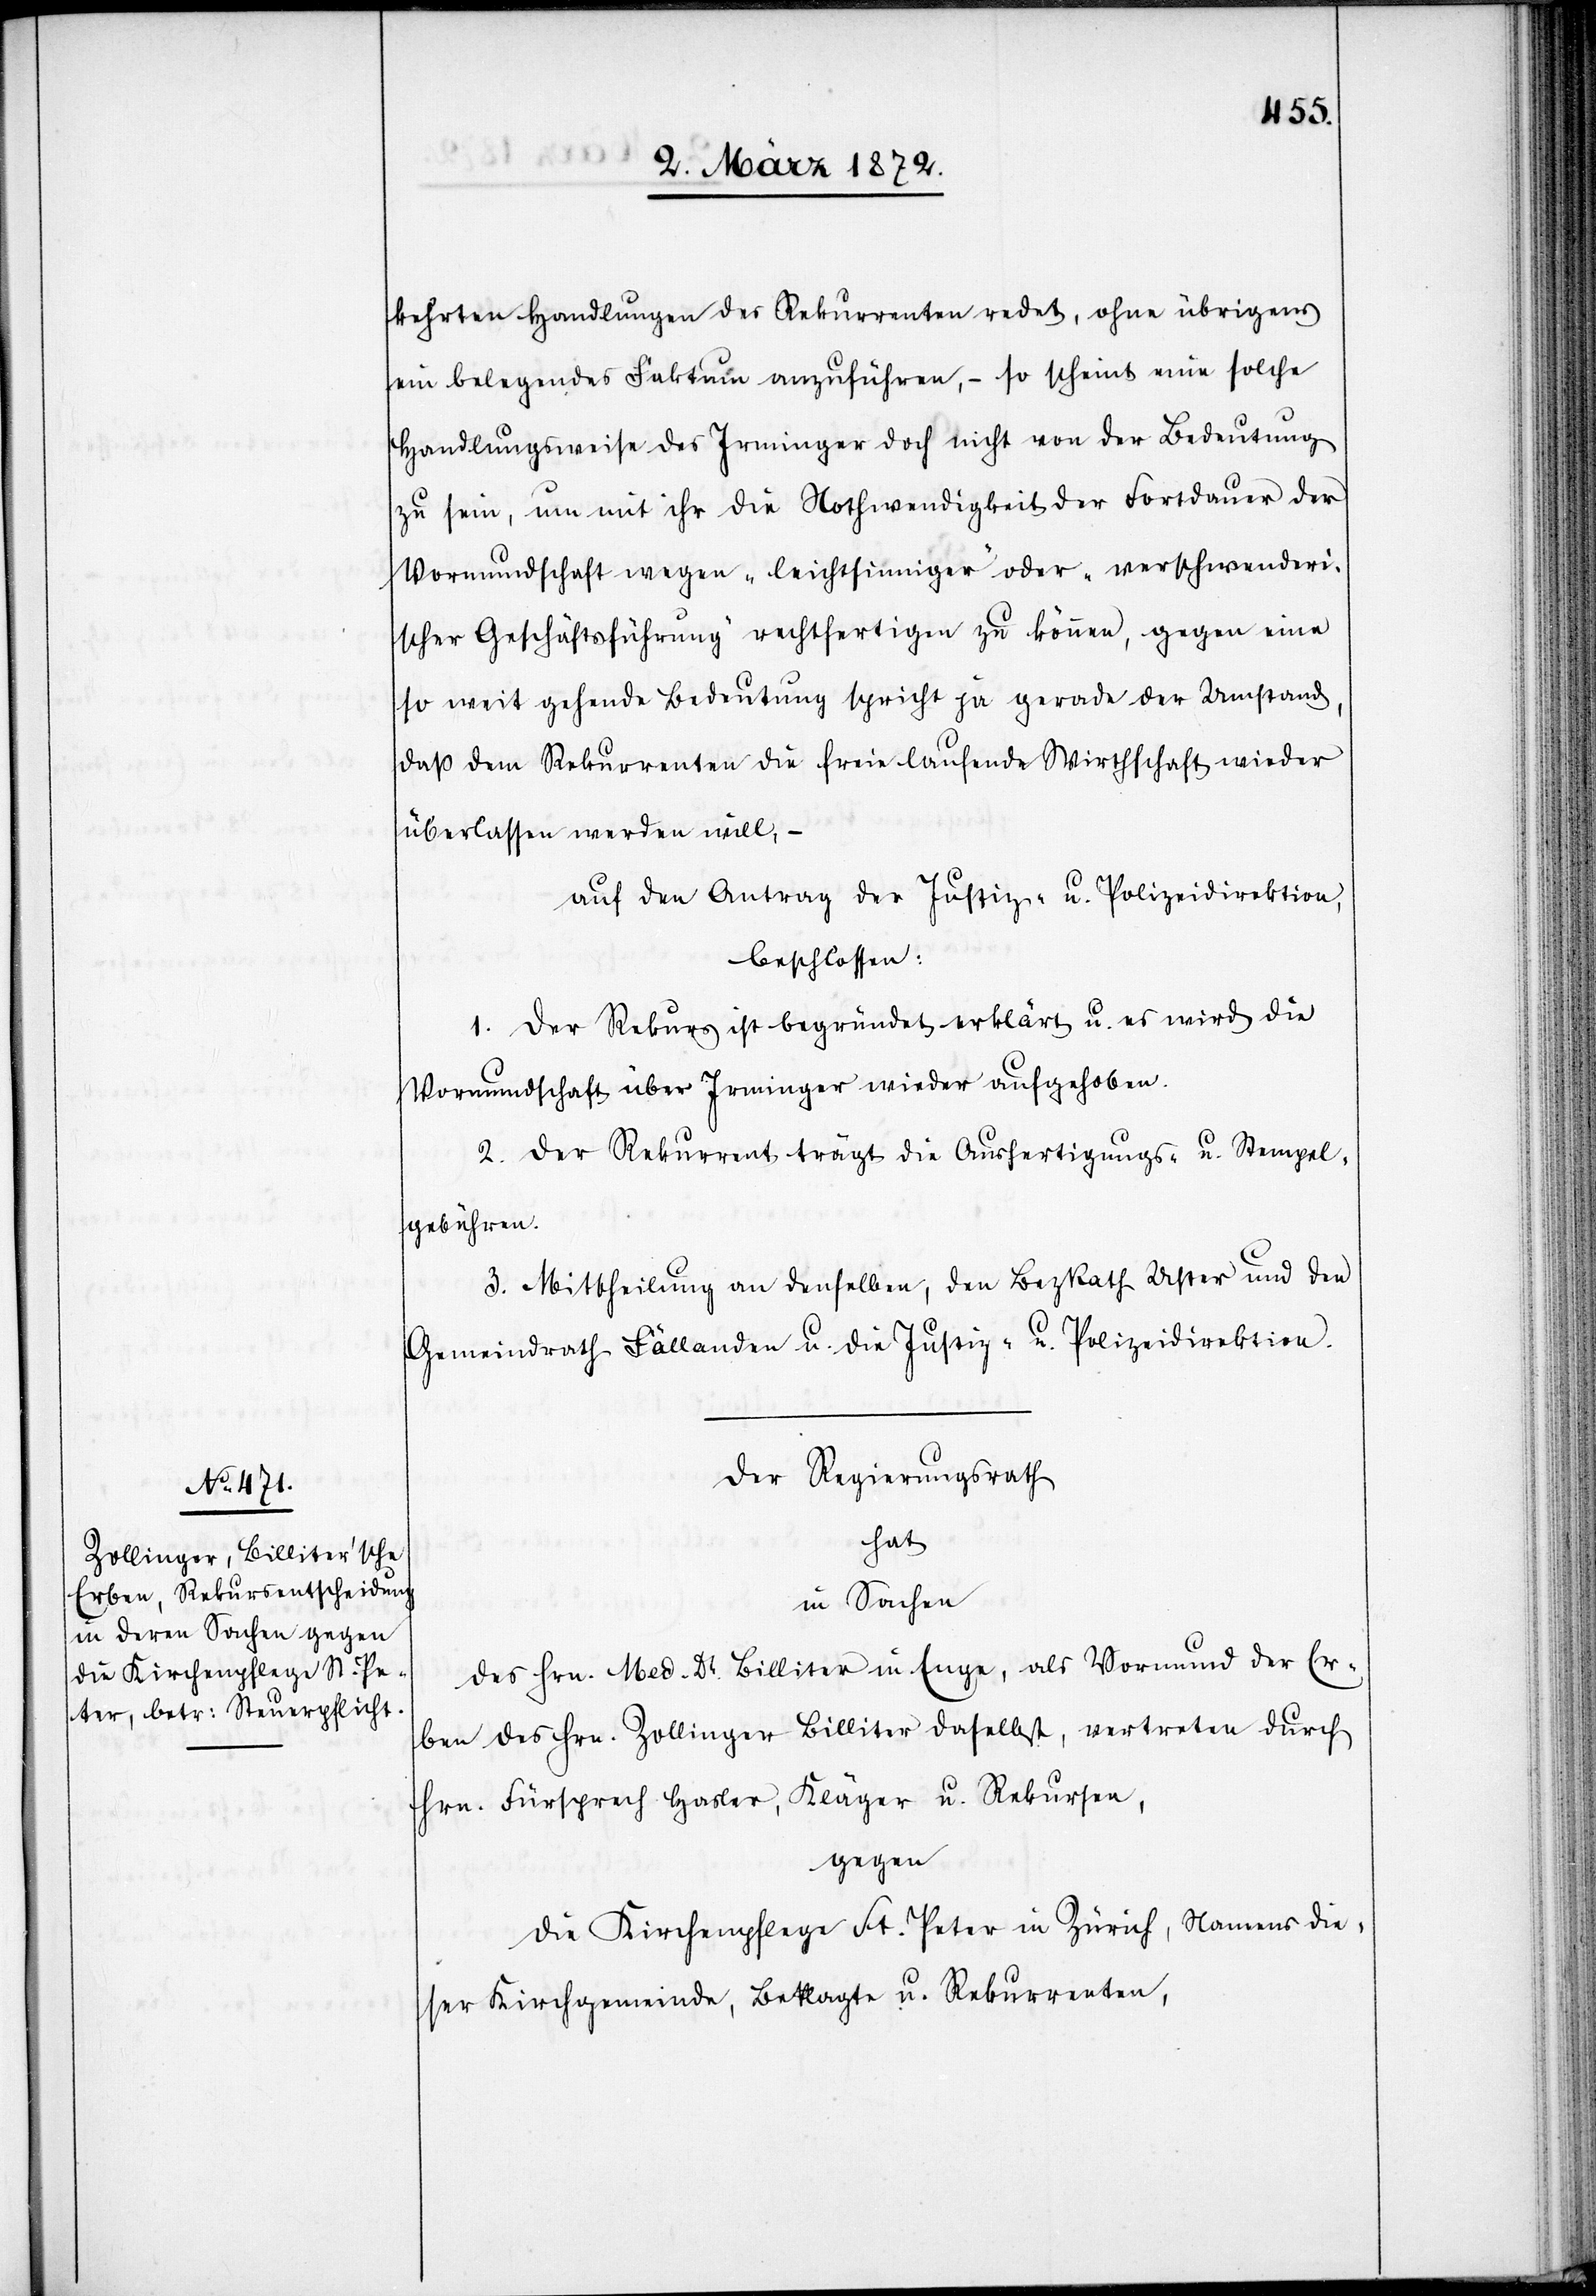
kehrten Handlungen des Rekurrenten redet, ohne übrigens
ein belegendes Faktum anzuführen, – so scheint eine solche
Handlungsweise des Irminger doch nicht von der Bedeutung
zu sein, um mit ihr die Nothwendigkeit der Fortdauer der
Vormundschaft wegen „leichtsinniger“ oder „verschwenderi¬
scher Geschäftsführung“ rechtfertigen zu können, gegen eine
so weit gehende Bedeutung spricht ja gerade der Umstand,
daß dem Rekurrenten die freie laufende Wirthschaft wieder
überlassen werden will, –
auf den Antrag der Justiz- u. Polizeidirektion,
beschlossen:
1. Der Rekurs ist begründet erklärt u. es wird die
Vormundschaft über Irminger wieder aufgehoben.
2. Der Rekurrent trägt die Ausfertigungs- u. Stempel¬
gebühren.
3. Mittheilung an denselben, den BezRath Uster und den
Gemeindrath Fällanden u. die Justiz- u. Polizeidirektion.
Der Regierungsrath
hat
in Sachen
des Hrn. Med. Dr. Billiter in Enge, als Vormund der Er¬
ben des Hrn. Zollinger Billiter daselbst, vertreten durch
Hrn. Fürsprech Hasler, Kläger u. Rekursen,
gegen
die Kirchenpflege St. Peter in Zürich, Namens die¬
ser Kirchgemeinde, Beklagte u. Rekurrenten,